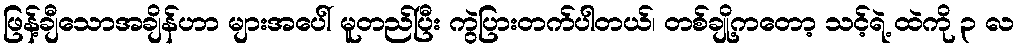
ဖြန့်ချီသောအချိန်ဟာ များအပေါ် မူတည်ပြီး ကွဲပြားတက်ပါတယ်၊ တစ်ချို့ကတော့ သင့်ရဲ့ ထဲကို ၃ လ